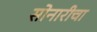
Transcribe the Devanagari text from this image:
सोनारीचा